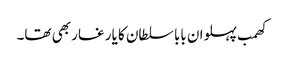
کھمب پہلوان بابا سلطان کا یار غار بھی تھا۔